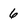
Character: 6